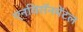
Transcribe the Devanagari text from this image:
एनविरॉनमेंटल